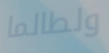
ولطالما